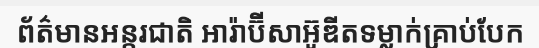
ព័ត៌មានអន្តរជាតិ អារ៉ាប៊ីសាអ៊ូឌីតទម្លាក់គ្រាប់បែក